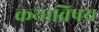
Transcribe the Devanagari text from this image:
कथाविषय